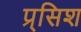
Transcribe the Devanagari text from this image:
प्र्सिश